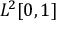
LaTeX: L ^ { 2 } [ 0 , 1 ]